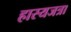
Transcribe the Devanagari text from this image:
हास्यजत्रा